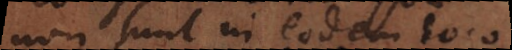
non sunt in eodem loco,